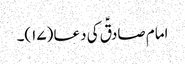
امام صادقؑ کی دعا (۱۷)۔